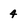
Character: 4